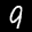
Label: 9